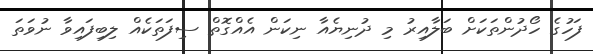
ފަހުގެ ހޯދުންތަކަށް ބަލާއިރު މި ދުނިޔެއާ ނިކަން އެއްގޮތް ސިފަތަކެއް ލިބިފައިވާ ނުވަތަ